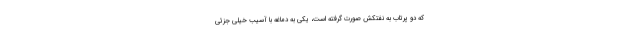
که دو پرتاب به نفتکش صورت گرفته است، یکی به دماغه با آسیب خیلی جزئی